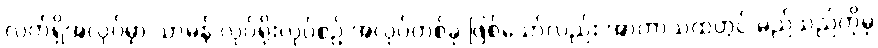
လက်ရှိအလုပ်မှာ သာမန် လုပ်ရိုးလုပ်စဉ် အလုပ်တစ်ခု ဖြစ်သော်လည်း အာကာသထဲတွင် မည်သည်ကိုမှ